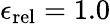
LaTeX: {\epsilon_{\mathrm{rel}}}=1.0